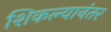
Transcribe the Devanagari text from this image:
शिकल्यानंतर